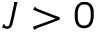
J > 0